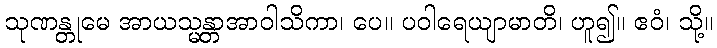
သုဏန္တုမေ အာယသ္မန္တာအာဝါသိကာ၊ ပေ။ ပဝါရေယျာမာတိ၊ ဟူ၍။ ဧဝံ၊ သို့။